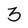
Character: 3